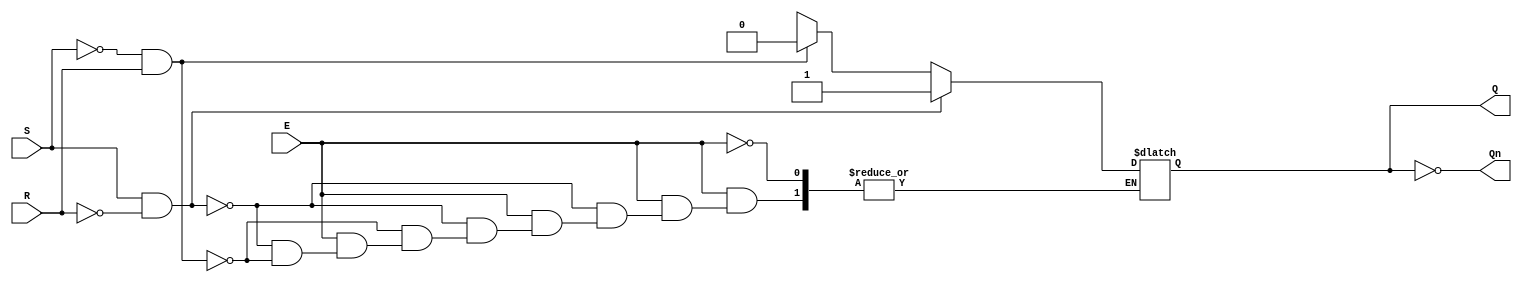
module GatedSRLatch (
    input wire S,      // Set input
    input wire R,      // Reset input
    input wire E,      // Enable input
    output reg Q,      // Output Q
    output wire Qn     // Complementary output Q'
);

// Complementary output
assign Qn = ~Q;

// Always block to implement the gated SR latch behavior
always @(*) begin
    if (E) begin
        if (S && ~R) begin
            Q = 1'b1;  // Set state
        end else if (~S && R) begin
            Q = 1'b0;  // Reset state
        end else if (~S && ~R) begin
            // Retain previous state (memory state)
            Q = Q; // No change
        end else begin
            // Invalid state (S = 1 and R = 1)
            // Typically, we can choose to do nothing or set Q to a known state
            // Here we will just retain the previous state
            Q = Q; // No change
        end
    end
    // If E is low, retain the previous state
end

endmodule